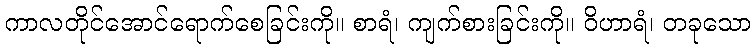
ကာလတိုင်အောင်ရောက်စေခြင်းကို။ စာရံ၊ ကျက်စားခြင်းကို။ ဝိဟာရံ၊ တခုသော